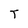
Character: T